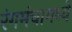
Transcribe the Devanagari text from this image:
रंगमंचामध्ये